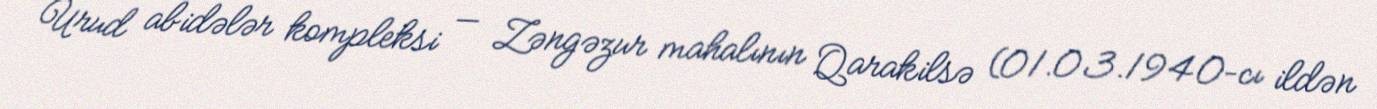
Urud abidələr kompleksi — Zəngəzur mahalının Qarakilsə (01.03.1940–cı ildən